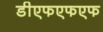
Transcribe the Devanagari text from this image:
डीएफएफएफ